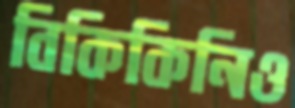
বিকিকিনিও